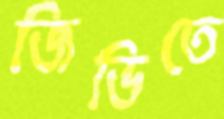
জিডিতে